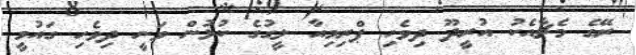
ރޭގެ މެޗާއެކު އުރީދޫ ދިވެހި ޕްރިމިއާ ލީގުގެ ކުޅުން ވަނީ ދިވެހި ގައުމީ